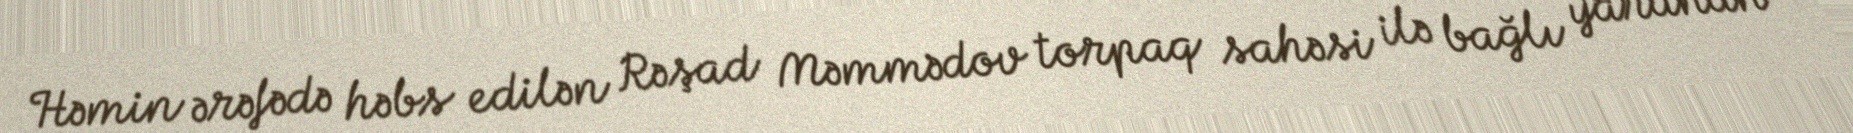
Həmin ərəfədə həbs edilən Rəşad Məmmədov torpaq sahəsi ilə bağlı yaranan